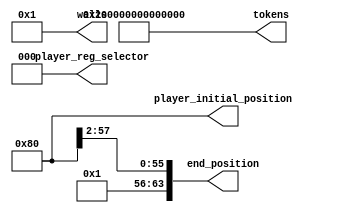
module tutorial_rom_29 (
    output reg [63:0] player_initial_position,
    output reg [2:0] player_reg_selector,
    output reg [63:0] end_position,
    output reg [63:0] walls,
    output reg [63:0] tokens
  );
  
  
  
  always @* begin
    player_initial_position[0+7-:8] = 8'h80;
    player_initial_position[8+55-:56] = 56'h00000000000000;
    player_reg_selector = 3'h0;
    end_position[56+7-:8] = 8'h01;
    walls[0+7-:8] = 8'h01;
    walls[8+7-:8] = 8'h00;
    walls[16+7-:8] = 8'h00;
    walls[24+7-:8] = 8'h00;
    walls[32+7-:8] = 8'h00;
    walls[40+7-:8] = 8'h00;
    walls[48+7-:8] = 8'h00;
    walls[56+7-:8] = 8'h00;
    tokens[0+7-:8] = 8'h02;
    tokens[8+7-:8] = 8'h00;
    tokens[16+7-:8] = 8'h00;
    tokens[24+7-:8] = 8'h00;
    tokens[32+7-:8] = 8'h00;
    tokens[40+7-:8] = 8'h00;
    tokens[48+7-:8] = 8'h00;
    tokens[56+7-:8] = 8'h02;
  end
endmodule